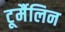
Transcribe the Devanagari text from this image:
टूर्मैलिन